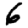
Digit: 6